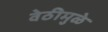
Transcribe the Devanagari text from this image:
वेठीमुळे